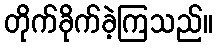
တိုက်ခိုက်ခဲ့ကြသည်။